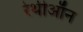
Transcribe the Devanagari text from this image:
रेथीऑन